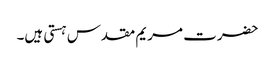
حضرت مریم مقدس ہستی ہیں۔